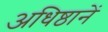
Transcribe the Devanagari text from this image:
अधिष्ठानें